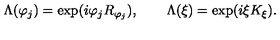
\Lambda ( \varphi _ { j } ) = \exp ( i \varphi _ { j } R _ { \varphi _ { j } } ) , \qquad \Lambda ( \xi ) = \exp ( i \xi K _ { \xi } ) .